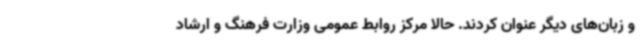
و زبان‌های دیگر عنوان کردند. حالا مرکز روابط عمومی وزارت فرهنگ و ارشاد